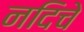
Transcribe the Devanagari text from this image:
नदिचे